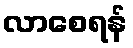
လာစေရန်